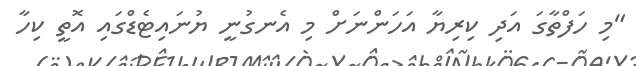
"މި ހަފްތާގަ އަދި ކިރިޔާ އަހަންނަށް މި އެނގުނީ ޔުނައިޓެޑްގައި އޮތީ ކިހާ